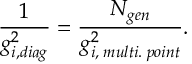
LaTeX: \frac { 1 } { g _ { i , d i a g } ^ { 2 } } = \frac { N _ { g e n } } { g _ { i , \; m u l t i . \; p o i n t } ^ { 2 } } .